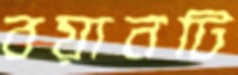
বয়ানটি